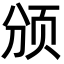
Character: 颁